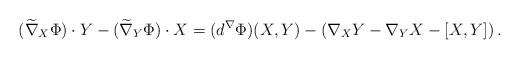
LaTeX: \begin{align*}(\widetilde{\nabla}_X \Phi) \cdot Y - (\widetilde{\nabla}_Y \Phi) \cdot X =(d^\nabla \Phi)(X,Y)- \left(\nabla_X Y- \nabla_Y X-[X,Y]\right).\end{align*}